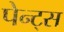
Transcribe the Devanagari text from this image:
पेन्ट्स